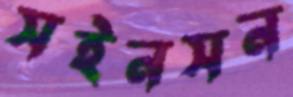
সইনসন